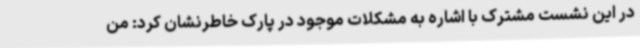
در این نشست مشترک با اشاره به مشکلات موجود در پارک خاطرنشان کرد: من